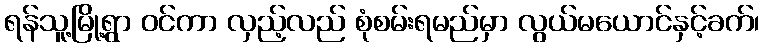
ရန်သူ့မြို့ရွာ ဝင်ကာ လှည့်လည် စုံစမ်းရမည်မှာ လွယ်မယောင်နှင့်ခက်၊